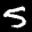
Label: 5